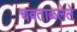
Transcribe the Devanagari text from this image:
चवताळलेले